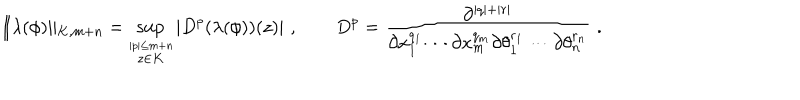
LaTeX: \| \lambda ( \phi ) \| _ { K , m + n } = \sup _ { \stackrel { | p | \leq m + n } { z \in K } } | D ^ { p } ( \lambda ( \phi ) ) ( z ) | \, \, , \qquad D ^ { p } = \frac { \partial ^ { | q | + | r | } } { \partial x _ { 1 } ^ { q _ { 1 } } \cdots \partial x _ { m } ^ { q _ { m } } \partial \theta _ { 1 } ^ { r _ { 1 } } \cdots \partial \theta _ { n } ^ { r _ { n } } } \, \, .